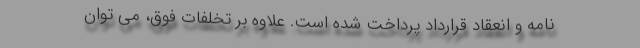
نامه و انعقاد قرارداد پرداخت شده است. علاوه بر تخلفات فوق، می توان